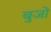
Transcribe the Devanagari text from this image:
बुजों